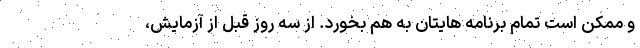
و ممکن است تمام برنامه هایتان به هم بخورد. از سه روز قبل از آزمایش،